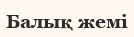
Балық жемі